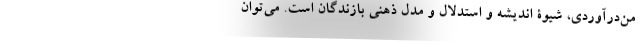
من‌درآوردی، شیوۀ اندیشه و استدلال و مُدل ذهنی بازندگان است. می‌توان